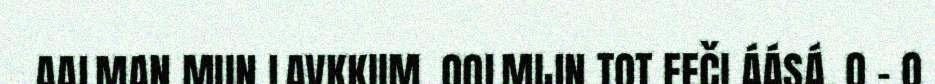
AALMAN MUN LAVKKIIM. OOLMIJN TOT EEČI ÁÁSÁ. O – O